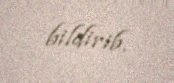
bildirib.